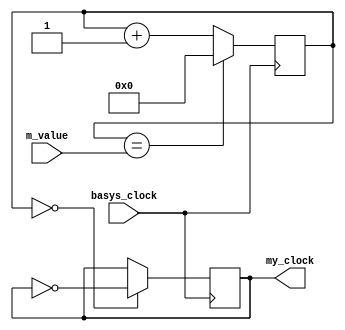
`timescale 1ns / 1ps
module my_clock_divider (input basys_clock, input [31:0] m_value, output reg my_clock = 0);

    reg [31:0] count = 0;
    
    always @ (posedge basys_clock) begin
    
        count <= (count == m_value) ? 0 : count + 1;
        
        my_clock <= (count == 0) ? ~my_clock : my_clock;
    
    end

endmodule